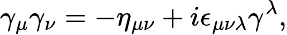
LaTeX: \gamma_{\mu}\gamma_{\nu}=-\eta_{\mu\nu}+i\epsilon_{\mu\nu\lambda}\gamma^{\lambda},